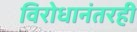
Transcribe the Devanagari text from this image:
विरोधानंतरही